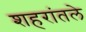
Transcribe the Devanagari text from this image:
शहरांतले